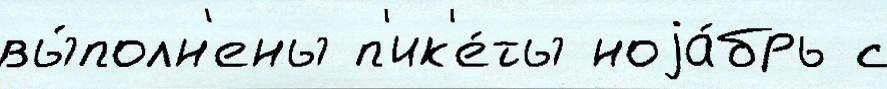
вы́полн'ены п'ик'е́ты ноjа́брь с